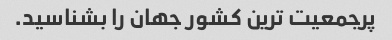
پرجمعیت ترین کشور جهان را بشناسید.